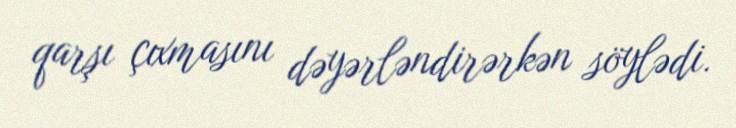
qarşı çıxmasını dəyərləndirərkən söylədi.